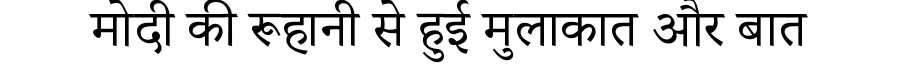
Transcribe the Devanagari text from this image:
मोदी की रूहानी से हुई मुलाकात और बात